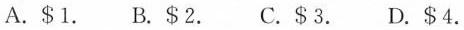
A.$1. B. $2. C.$3. D.$4.